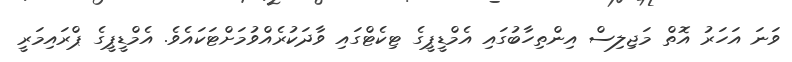
ވަނަ އަހަރު އޮތް މަޖިލިސް އިންތިހާބުގައި އެމްޑީޕީގެ ޓިކެޓްގައި ވާދަކުރެއްވުމަށްޓަކައެވެ. އެމްޑީޕީގެ ޕްރައިމަރީ